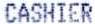
CASHIER